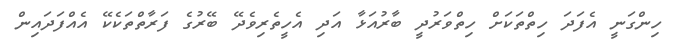
ހިންގަނީ އެފަދަ ހިތްތަކަށް ހިތްވަރުދީ ބާރުއަޅާ އަދި އެހީތެރިވެދޭ ބޭރުގެ ފަރާތްތަކެކޭ އެއްފަދައިން